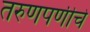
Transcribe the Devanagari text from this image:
तरुणपणीचे